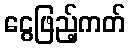
ငွေဖြည့်ကတ်